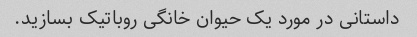
داستانی در مورد یک حیوان خانگی روباتیک بسازید.